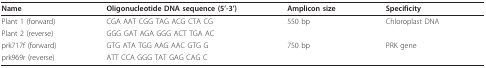
<table><thead><tr><td><b>Name</b></td><td><b>Oligonucleotide DNA sequence (5&#x27;-3&#x27;)</b></td><td><b>Amplicon size</b></td><td><b>Specificity</b></td></tr></thead><tbody><tr><td>Plant 1 (forward)</td><td>CGA AAT CGG TAG ACG CTA CG</td><td>550 bp</td><td>Chloroplast DNA</td></tr><tr><td>Plant 2 (reverse)</td><td>GGG GAT AGA GGG ACT TGA AC</td><td></td><td></td></tr><tr><td>prk717f (forward)</td><td>GTG ATA TGG AAG AAC GTG G</td><td>750 bp</td><td>PRK gene</td></tr><tr><td>prk969r (reverse)</td><td>ATT CCA GGG TAT GAG CAG C</td><td></td><td></td></tr></tbody></table>